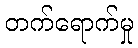
တက်ရောက်မှု